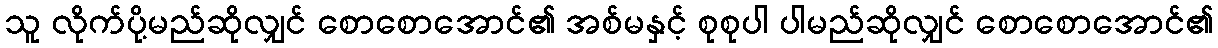
သူ လိုက်ပို့မည်ဆိုလျှင် စောစောအောင်၏ အစ်မနှင့် စုစုပါ ပါမည်ဆိုလျှင် စောစောအောင်၏